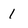
Character: 1